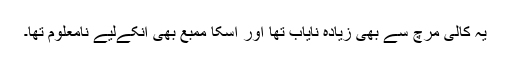
یہ کالی مرچ سے بھی زیادہ نایاب تھا اور اسکا ممبع بھی انکےلیے نامعلوم تھا۔